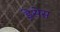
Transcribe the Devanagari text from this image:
ड्रेसेस